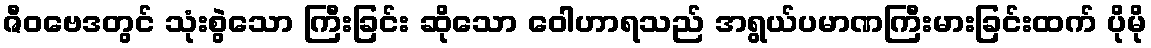
ဇီဝဗေဒတွင် သုံးစွဲသော ကြီးခြင်း ဆိုသော ဝေါဟာရသည် အရွယ်ပမာဏကြီးမားခြင်းထက် ပိုမို